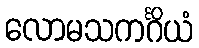
လောမသကင်္ဂိယံ